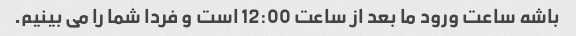
باشه ساعت ورود ما بعد از ساعت 12:00 است و فردا شما را می بینیم.